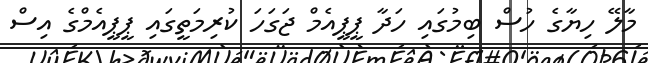
މާލޭ ހިޔާގެ ހުސް ބިމުގައި ހަދާ ޕީޕީއެމް ޖަގަހަ ކުރިމަތީގައި ޕީޕީއެމްގެ އިސް